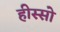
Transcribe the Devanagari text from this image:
हीस्सो